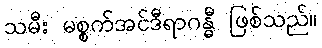
သမီး မစ္စက်အင်ဒီရာဂန္ဓီ ဖြစ်သည်။